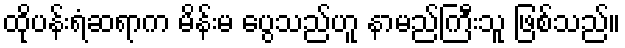
ထိုပန်းရံဆရာက မိန်းမ ပွေသည်ဟူ နာမည်ကြီးသူ ဖြစ်သည်။